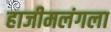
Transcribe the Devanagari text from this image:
हाजीमलंगला